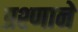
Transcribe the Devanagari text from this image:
प्रश्णाने